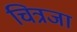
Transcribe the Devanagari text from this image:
चित्रजा